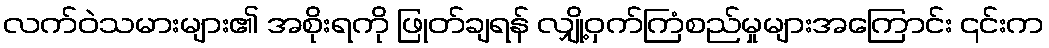
လက်ဝဲသမားများ၏ အစိုးရကို ဖြုတ်ချရန် လျှို့ဝှက်ကြံစည်မှုများအကြောင်း ၎င်းက